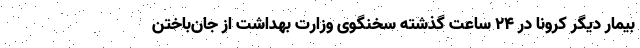
بیمار دیگر کرونا در 24 ساعت گذشته سخنگوی وزارت بهداشت از جان‌باختن